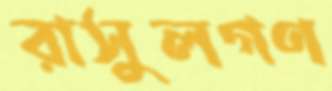
রাসুলগণ